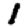
Digit: 1